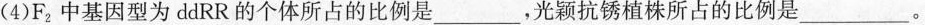
(4)F2中基因型为ddRR的个体所占的比例是___，光颖抗锈植株所占的比例是___。